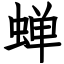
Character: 蝉